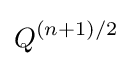
Q^{(n+1)/2}